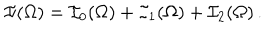
LaTeX: \mathcal { I } ( \Omega ) = \mathcal { I } _ { 0 } ( \Omega ) + \mathcal { I } _ { 1 } ( \Omega ) + \mathcal { I } _ { 2 } ( \Omega ) \, .